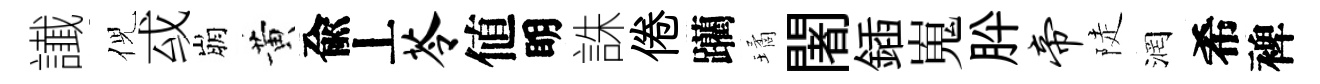
䜟倪㦯崩黄兪丄苓値眀誅倦躪璚闍鍤嵬肸帝陡润希裨